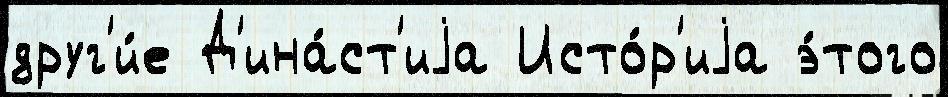
друг'и́е Д'ина́ст'иjа Исто́р'иjа э́того